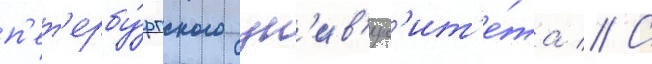
п'ет'ербу́ргского ун'ив'ерс'ит'е́та // С